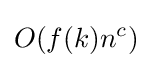
O(f(k)n^{c})